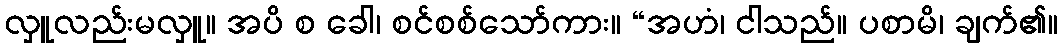
လှူလည်းမလှူ။ အပိ စ ခေါ၊ စင်စစ်သော်ကား။ “အဟံ၊ ငါသည်။ ပစာမိ၊ ချက်၏။